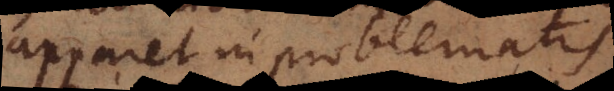
apparet in problematis